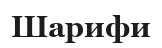
Шарифи